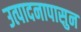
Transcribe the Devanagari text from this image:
उत्पादनापासुन